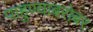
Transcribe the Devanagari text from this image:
पाहुण्याबरोबर